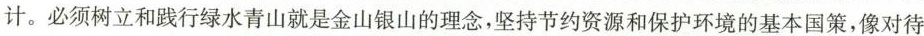
计。必须树立和践行绿水青山就是金山银山的理念，坚持节约资源和保护环境的基本国策，像对待生命一样对待